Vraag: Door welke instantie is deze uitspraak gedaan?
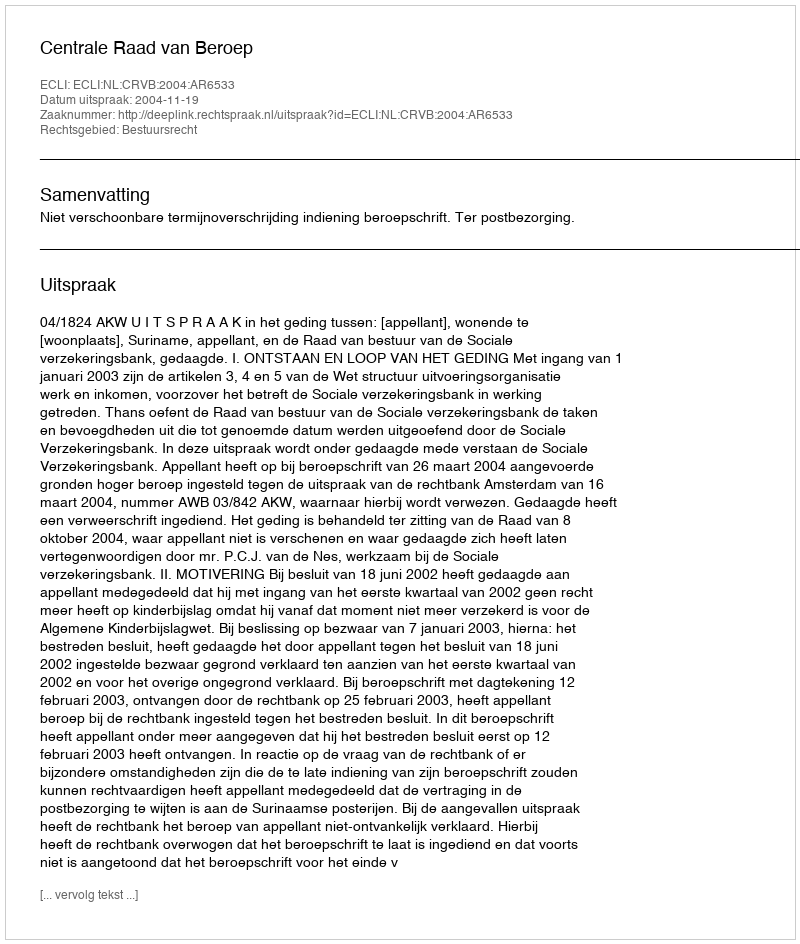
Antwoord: Centrale Raad van Beroep